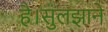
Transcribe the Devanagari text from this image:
है।सुलझाने